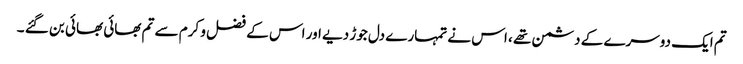
تم ایک دوسرے کے دشمن تھے ، اس نے تمہارے دل جوڑ دیے اور اس کے فضل و کرم سے تم بھائی بھائی بن گئے ۔